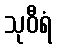
သုဝီရံ